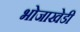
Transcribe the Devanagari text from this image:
भोजाखेडी